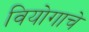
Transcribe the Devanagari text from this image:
वियोगाचे